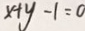
x + y - 1 = 0